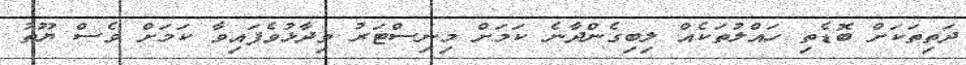
ދަތިތަކަށް ބޮޑެތި ހައްލުތަކެއް ލިބިގެންދާނެ ކަމަށް މިނިސްޓަރު ވިދާޅުވެފައިވާ ކަމަށް ވެސް ޔޫތު